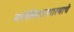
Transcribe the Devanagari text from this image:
मनोविकारशास्त्राचे